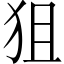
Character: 狙